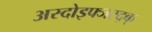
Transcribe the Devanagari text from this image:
अस्दोइफ्जस्द्क्